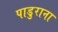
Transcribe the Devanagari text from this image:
पाडुराना